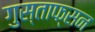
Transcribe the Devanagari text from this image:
गुस्ताफ्सन